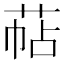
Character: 萜